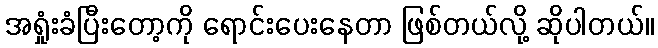
အရှုံးခံပြီးတော့ကို ရောင်းပေးနေတာ ဖြစ်တယ်လို့ ဆိုပါတယ်။